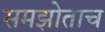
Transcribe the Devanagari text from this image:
समझोताच